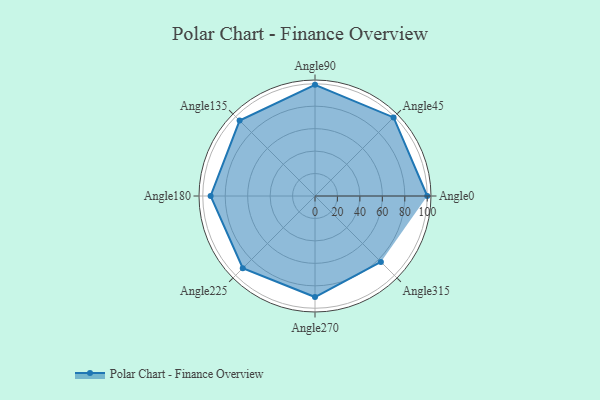
{"axis": {"x": "Angle", "y": "Radius"}, "legend": [""], "data": [{"x": "Angle0", "y": 100.0, "type": ""}, {"x": "Angle45", "y": 99.0, "type": ""}, {"x": "Angle90", "y": 99.0, "type": ""}, {"x": "Angle135", "y": 95.0, "type": ""}, {"x": "Angle180", "y": 93.0, "type": ""}, {"x": "Angle225", "y": 91.0, "type": ""}, {"x": "Angle270", "y": 90.0, "type": ""}, {"x": "Angle315", "y": 83.0, "type": ""}]}